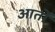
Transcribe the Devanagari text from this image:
आर्तों